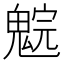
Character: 𩳚